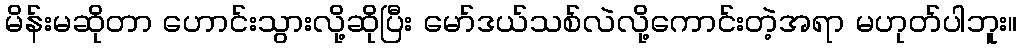
မိန်းမဆိုတာ ဟောင်းသွားလို့ဆိုပြီး မော်ဒယ်သစ်လဲလို့ကောင်းတဲ့အရာ မဟုတ်ပါဘူး။